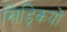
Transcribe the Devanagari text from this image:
खिड्कियों